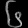
Digit: ၆